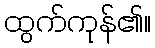
ထွက်ကုန်၏။